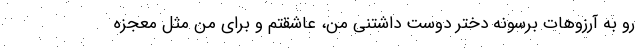
رو به آرزوهات برسونه دختر دوست داشتنی من، عاشقتم و برای من مثل معجزه